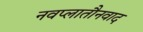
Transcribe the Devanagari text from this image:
नवप्लातौनवाद